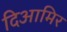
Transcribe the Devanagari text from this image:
दिआमिर